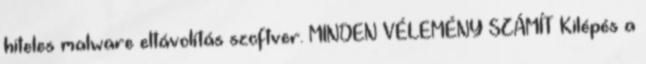
hiteles malware eltávolítás szoftver. MINDEN VÉLEMÉNY SZÁMÍT Kilépés a